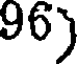
86)